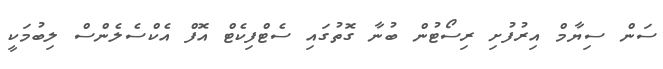
ސަން ސިޔާމް އިރުފުށި ރިސޯޓުން ބުނާ ގޮތުގައި ސެޓްފިކެޓް އޮފް އެކްސެލެންސް ލިބުމަކީ